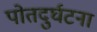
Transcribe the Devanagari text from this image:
पोतदुर्घटना